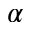
\alpha